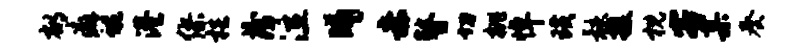
郁癖蜿港缪梏薄泣曦赤瞽切桃悼璜骸援枕客某奏